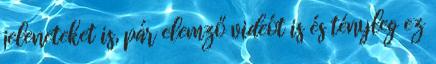
jeleneteket is, pár elemző videót is és tényleg ez